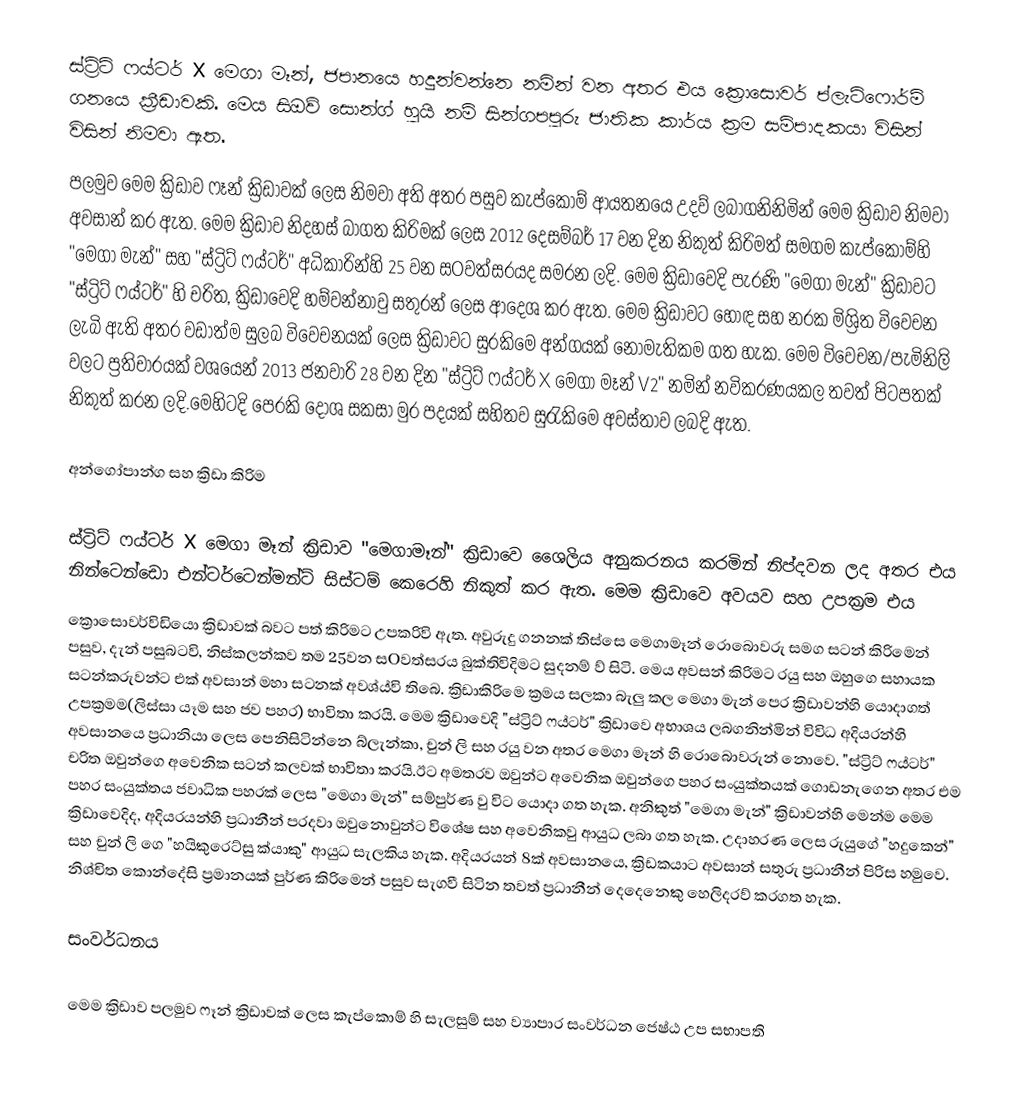
ස්ට්‍රිට් ෆය්ටර් X මෙගා මෑන්, ජපානයෙ හදුන්වන්නෙ  නමින් වන අතර එය ක්‍රොසොවර් ප්ලැට්ෆොර්ම් ගනයෙ ක්‍රීඩාවකි. මෙය සිඔව් සොන්ග් හුයි නම් සින්ගපපුරු ජාතික කාර්ය ක්‍රම සම්පාදකයා විසින් විසින් නිමවා ඇත.
පලමුව මෙම ක්‍රිඩාව ෆෑන් ක්‍රිඩාවක් ලෙස නිමවා අති අතර පසුව කැප්කොම් ආයතනයෙ උදව් ලබාගනිනිමින් මෙම ක්‍රිඩාව නිමවා අවසාන් කර ඇත. මෙම ක්‍රිඩාව නිදහස් බාගත කිරිමක් ලෙස 2012 දෙසම්බර් 17 වන දින නිකුත් කිරිමත් සමගම කැප්කොම්හි "මෙගා මැන්" සහ "ස්ට්‍රිට් ෆය්ටර්" අධිකාරින්හි 25 වන සOවත්සරයද සමරන ලදි. මෙම ක්‍රිඩාවෙදි පැරණි "මෙගා මැන්" ක්‍රිඩාවට "ස්ට්‍රිට් ෆය්ටර්" හි චරිත, ක්‍රිඩාවෙදි හම්වන්නාවු සතුරන් ලෙස ආදෙශ කර ඇත. මෙම ක්‍රිඩාවට හොඳ සහ නරක මිශ්‍රිත විවෙචන ලැබි ඇති අතර වඩාත්ම සුලබ විවෙචනයක් ලෙස ක්‍රිඩාවට සුරකිමෙ අන්ගයක් නොමැතිකම ගත හැක. මෙම විවෙචන/පැමිනිලි වලට ප්‍රතිචාරයක් වශයෙන් 2013 ජනවාරි 28 වන දින "ස්ට්‍රිට් ෆය්ටර් X මෙගා මෑන් V2" නමින් නවිකරණයකල තවත් පිටපතක් නිකුත් කරන ලදි.මෙහිටදි පෙරකි දොශ සකසා මුර පදයක් සහිතව සුරැකිමෙ අවස්තාව ලබදි ඇත.

අන්ගෝපාන්ග සහ ක්‍රිඩා කිරිම

ස්ට්‍රිට් ෆය්ටර් X මෙගා මෑන් ක්‍රිඩාව "මෙගාමෑන්" ක්‍රිඩාවෙ ශෛලිය අනුකරනය කරමින් නිප්දවන ලද අතර එය නින්ටෙන්ඩො එන්ටර්ටෙන්මන්ට් සිස්ටම් කෙරෙහි නිකුත් කර ඇත. මෙම ක්‍රිඩාවෙ අවයව සහ උපක්‍රම එය
ක්‍රොසොවර්විඩියො ක්‍රිඩාවක් බවට පත් කිරිමට උපකරිවි ඇත. අවුරුදු ගනනක් තිස්සෙ මෙගාමෑන් රොබොවරු සමග සටන් කිරිමෙන් පසුව, දැන් පසුබටවි, නිස්කලන්කව තම 25වන සOවත්සරය බුක්තිවිදිමට සුදනම් ව් සිටි. මෙය අවසන් කිරිමට රයු සහ ඔහුගෙ සහායක සටන්කරුවන්ට එක් අවසාන් මහා සටනක් අවශ්ය්වි තිබෙ.  ක්‍රිඩාකිරිමෙ ක්‍රමය සලකා බැලු කල මෙගා මැන් පෙර ක්‍රිඩාවන්හි යොදාගත් උපක්‍රමම(ලිස්සා යෑම සහ ජව පහර) භාවිතා කරයි. මෙම ක්‍රිඩාවෙදි "ස්ට්‍රිට් ෆය්ටර්" ක්‍රිඩාවෙ අභාශය ලබගනින්මින් විවිධ අදියරන්හි අවසානයෙ ප්‍රධානියා ලෙස පෙනිසිටින්නෙ බ්ලැන්කා, චුන් ලි සහ රයු වන අතර මෙගා මෑන් හි රොබොවරුන් නොවෙ. "ස්ට්‍රිට් ෆය්ටර්" චරිත ඔවුන්ගෙ අවෙනික සටන් කලවක් භාවිතා කරයි.ඊට අමතරව ඔවුන්ට අවෙනික ඔවුන්ගෙ පහර සංයුක්තයක් ගොඩනැගෙන අතර එම පහර සංයුක්තය ජවාධික පහරක් ලෙස "මෙගා මැන්" සම්පුර්ණ වු විට යොදා ගත හැක. අනිකුත් "මෙගා මැන්" ක්‍රිඩාවන්හි මෙන්ම මෙම ක්‍රිඩාවෙදිද, අදියරයන්හි ප්‍රධානීන් පරදවා ඔවුනොවුන්ට විශේෂ සහ අවෙනිකවු ආයුධ ලබා ගත හැක. උදාහරණ ලෙස රුයුගේ "හදුකෙන්" සහ චුන් ලි ගෙ "හයිකුරෙට්සු ක්යාකු"  ආයුධ සැලකිය හැක. අදියරයන් 8ක් අවසානයෙ, ක්‍රිඩකයාට අවසාන් සතුරු ප්‍රධානීන් පිරිස හමුවෙ. නිශ්චිත කොන්දේසි ප්‍රමානයක් පුර්ණ කිරිමෙන් පසුව සැගවී සිටින තවත් ප්‍රධානීන් දෙදෙනෙකු හෙලිදරව් කරගත හැක.

සංවර්ධනය

මෙම ක්‍රිඩාව පලමුව ෆෑන් ක්‍රිඩාවක් ලෙස කැප්කොම් හි සැලසුම් සහ ව්‍යාපාර සංවර්ධන ජෙෂ්ඨ උප සභාපති